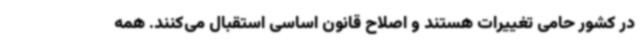
در کشور حامی تغییرات هستند و اصلاح قانون اساسی استقبال می‌کنند. همه